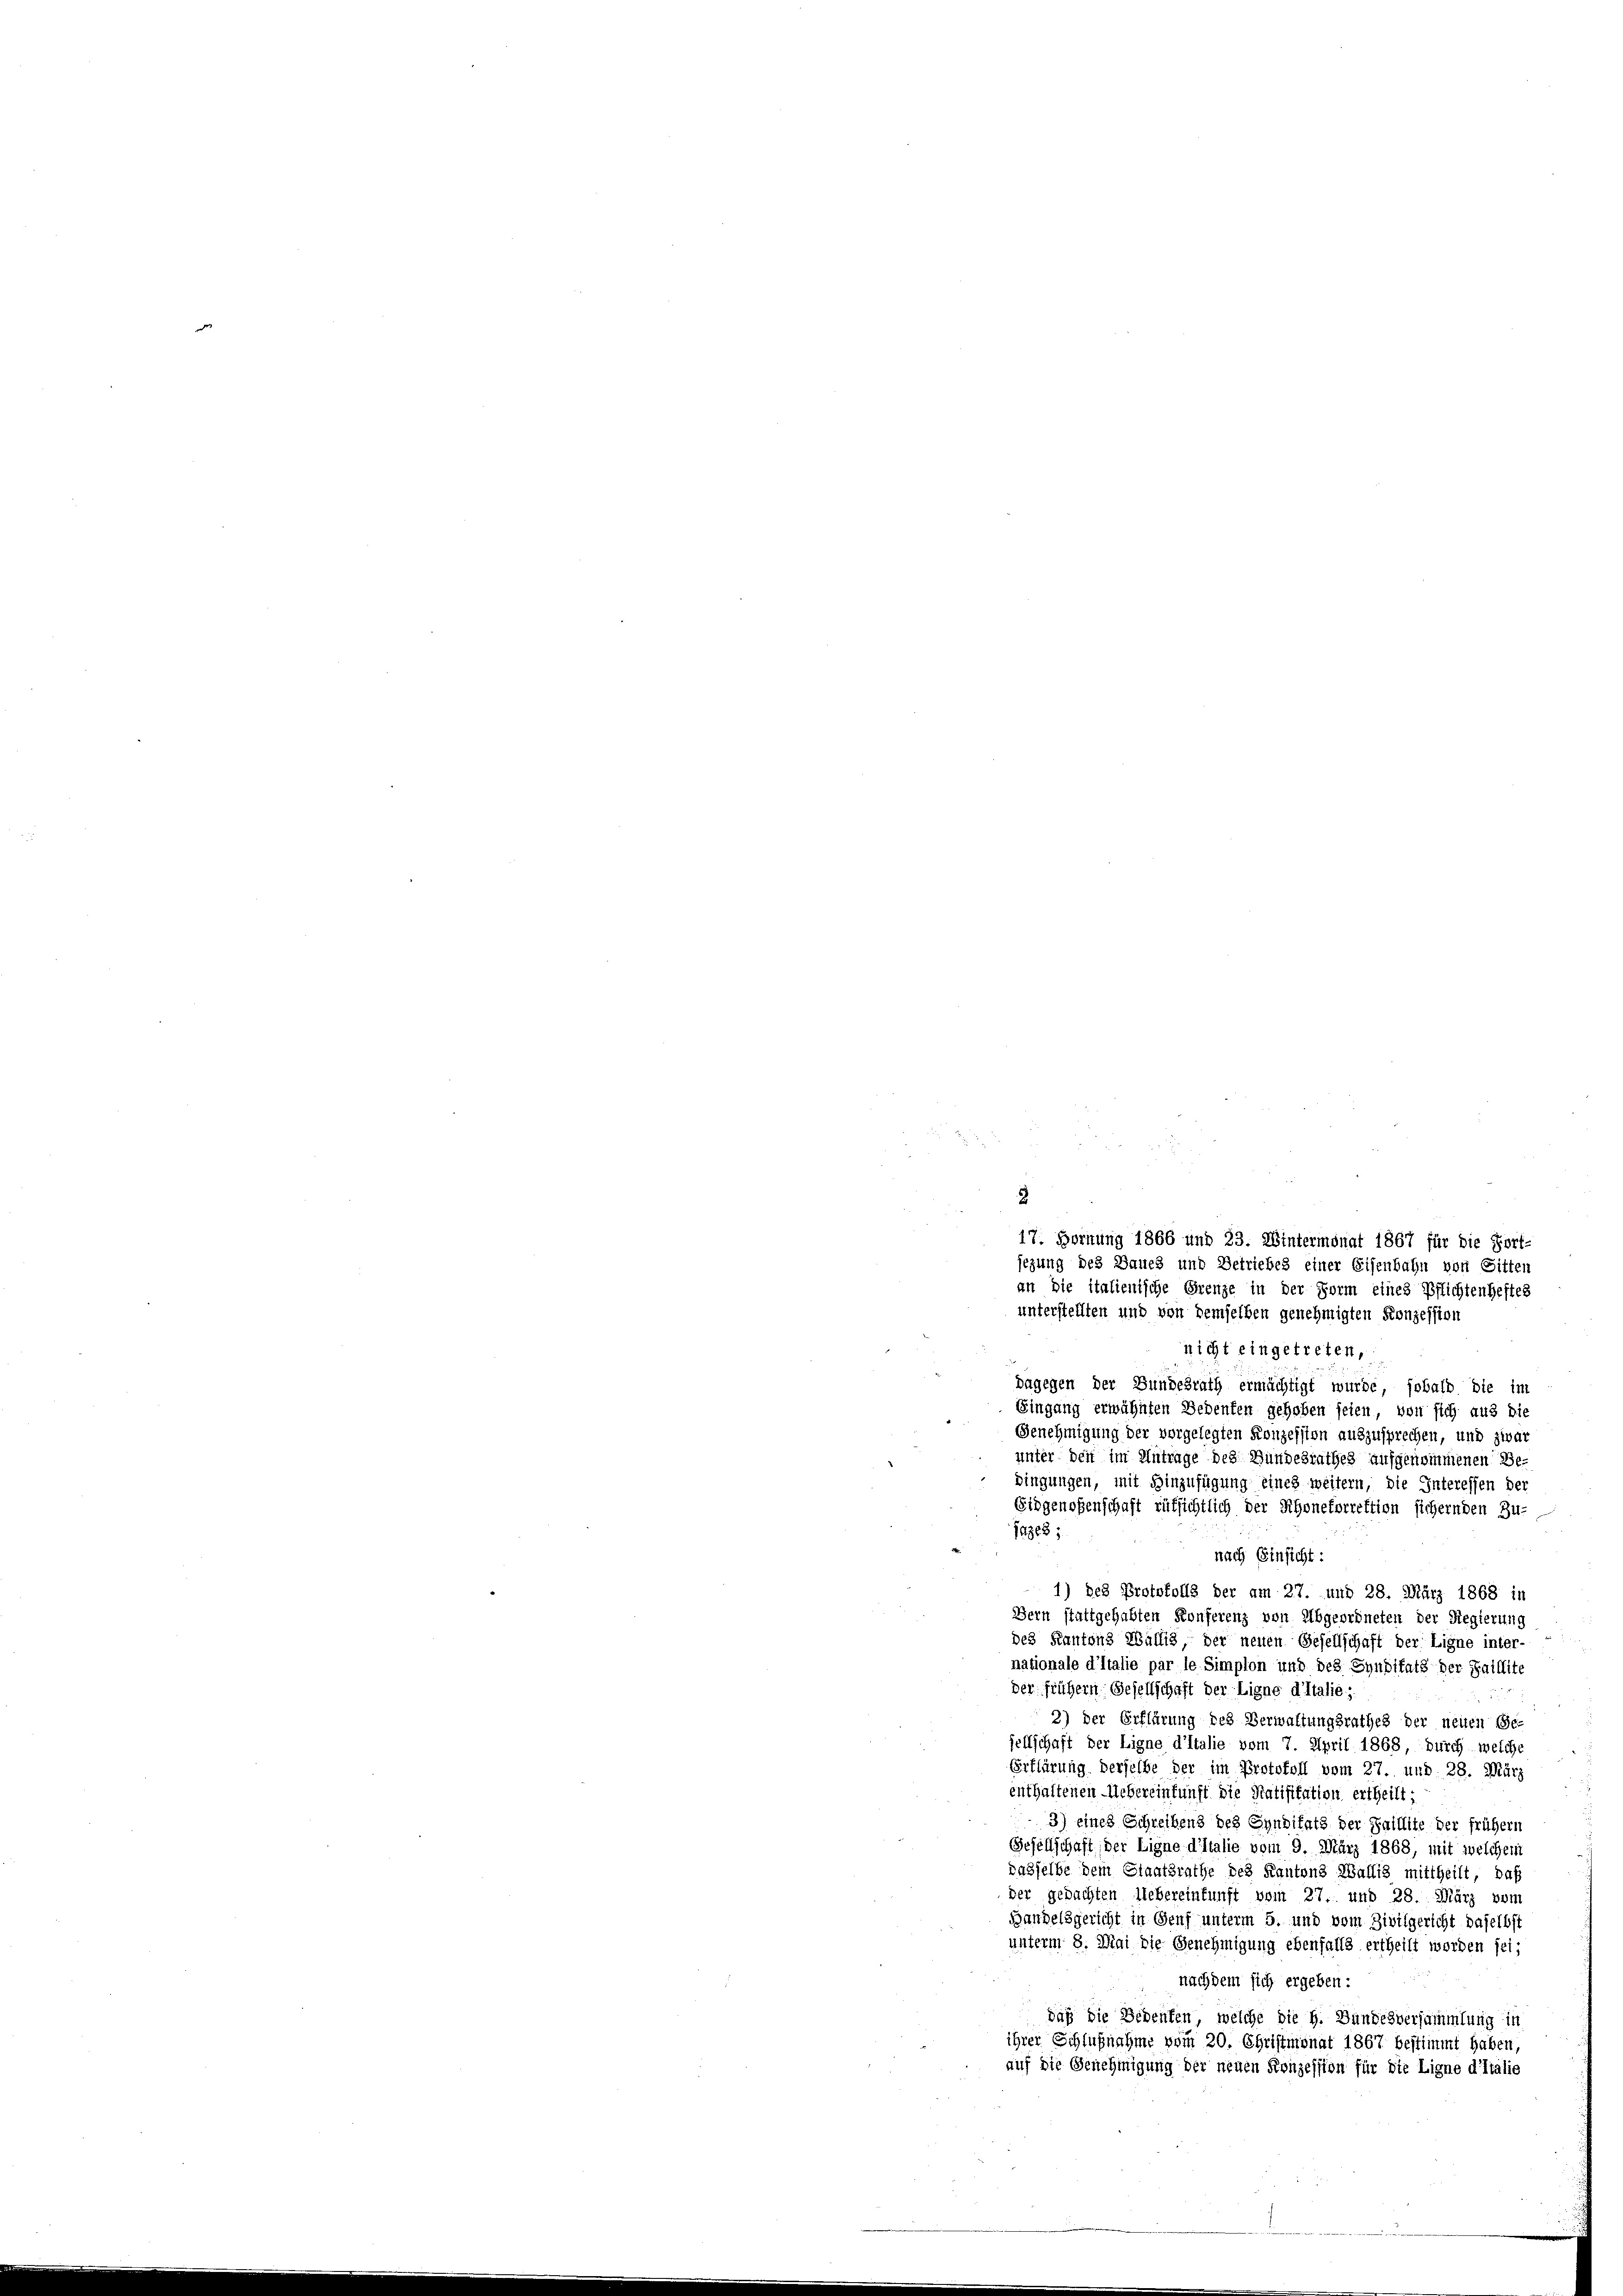
unter den im Antrage des Bundesrathes aufgenommenen Be-
bingungen, mit Hinzufügung eines weitern, die Interessen der
Eidgenoßenschaft rüksichtlich der Rhonetorrektion sichernden Zu-
jazes;
nach Einsicht:
1) des Protokolls der am 27. und 28. März 1868 in
Bern stattgehabten Konferenz von Abgeordneten der Regierung
des Kantons Wällig der neuen Gesellschaft der Ligne inter-
nationale d’Italie par le Simplon und des Synditats der Faillite
der frühern Gesellschaft der Ligne d’Italie;
2) der Erflärung des Verwaltungsrathes der neuen Ge-
sellschaft der Ligne d’Italie vom 7. April 1868 durch welche
Erklärung derselbe der im Protokoll vom 27. und 28. März
enthaltenen Uebereinkunft die Ratifikation ertheilt;
3) eines Schreibens des Synditats der Faillite der früher
Gesellschaft, der Ligne d’Italie vom 9. März 1868, mit welchem
dasselbe dem Staatsrathe des Kantons Wallis mittheilt, daß
der gedachten Uebereinkunft vom 27. und 28. März vom
Handelsgericht in Genf unterm 5. und vom Zivilgericht daselbst
unterm 8. Mai die Genehmigung ebenfalls ertheilt worden sei,
nachdem sich ergeben:
daß die Bedeuten, welche die H. Bundesversammlung in
ihrer Schlußnahme vom 20. Christmonat 1867 bestimmt haben,
auf die Genehmigung der neuen Konzession für die Ligne d’Italie

2
17. Hornung 1866 und 23. Wintermonat 1867 für die Fort-
jezung des Baues und Betriebes einer Eisenbahn von Sitten
an die italienische Grenze in der Form eines Pflichtenheftes
unterstellten und von demselben genehmigten Konzession
nicht eingetreten,
dagegen der Bundesrath ermächtigt wurde, sobald die im
Eingang erwähnten Bedenten gehoben seien, von sich aus die
Genehmigung der vorgelegten Konzession auszusprechen, und zwar